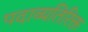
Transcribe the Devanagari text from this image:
पदाव्यतिरिक्त